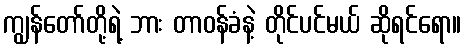
ကျွန်တော်တို့ရဲ့ ဘား တာဝန်ခံနဲ့ တိုင်ပင်မယ် ဆိုရင်ရော။